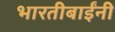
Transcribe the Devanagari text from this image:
भारतीबाईंनी